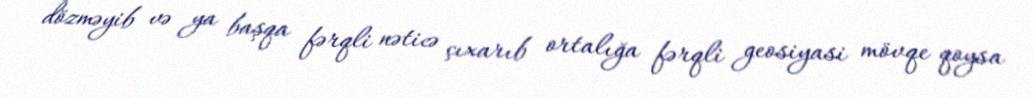
dözməyib və ya başqa fərqli nəticə çıxarıb ortalığa fərqli geosiyasi mövqe qoysa